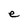
Character: e